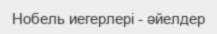
Нобель иегерлері - әйелдер